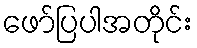
ဖော်ပြပါအတိုင်း